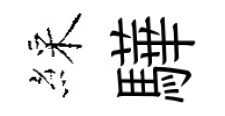
綵驊